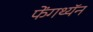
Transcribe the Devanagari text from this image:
फेंगथ्यॅन